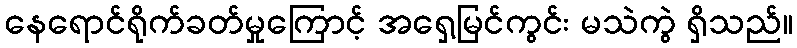
နေရောင်ရိုက်ခတ်မှုကြောင့် အရှေ့မြင်ကွင်း မသဲကွဲ ရှိသည်။